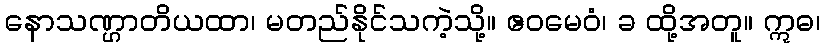
နောသဏ္ဌာတိယထာ၊ မတည်နိုင်သကဲ့သို့။ ဧဝမေဝံ၊ ခ ထို့အတူ။ ဣဓ၊